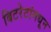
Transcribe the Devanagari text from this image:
बिटरेटांमधून